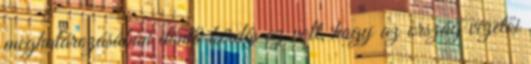
meghatározásában döntő kérdés az volt, hogy az ország vezetői